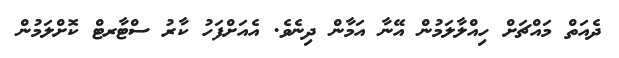
ދެއަތް މައްޗަށް ހިއްލާލަމުން އޭނާ އަމާން ދިނެވެ. އެއަށްފަހު ކާރު ސްޓާރޓް ކޮށްލަމުން